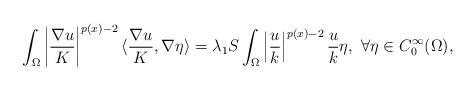
LaTeX: \begin{align*}\int_{\Omega} \left| \frac{\nabla u}{K} \right|^{p(x)-2} \langle \frac{\nabla u}{K} , \nabla \eta \rangle = \lambda_1 S \int_{\Omega} \left| \frac{ u}{k} \right|^{p(x)-2} \frac{u}{k} \eta,\,\,\forall\eta \in C^{\infty}_0 (\Omega),\end{align*}